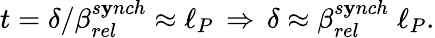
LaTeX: t=\delta/\beta_{rel}^{s\mathbf{y}nch}\approx\ell_{P}\, \Rightarrow\, \delta\approx\beta_{rel}^{s\mathbf{y}nch}\; \ell_{P}.